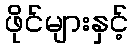
ဖိုင်များနှင့်